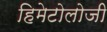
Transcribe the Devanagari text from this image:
हिमेटोलोजी